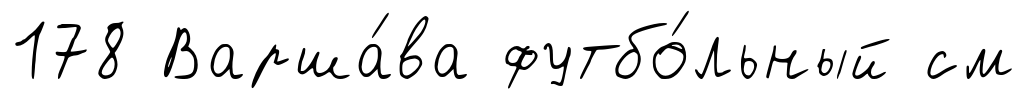
178 Варша́ва футбо́льный см